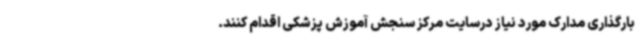
بارگذاری مدارک مورد نیاز درسایت مرکز سنجش آموزش پزشکی اقدام کنند.